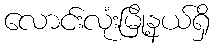
လောင်းလုံးမြို့နယ်ရှိ